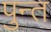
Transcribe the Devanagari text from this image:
पुन्त